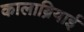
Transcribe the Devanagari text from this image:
कालाब्रियाई